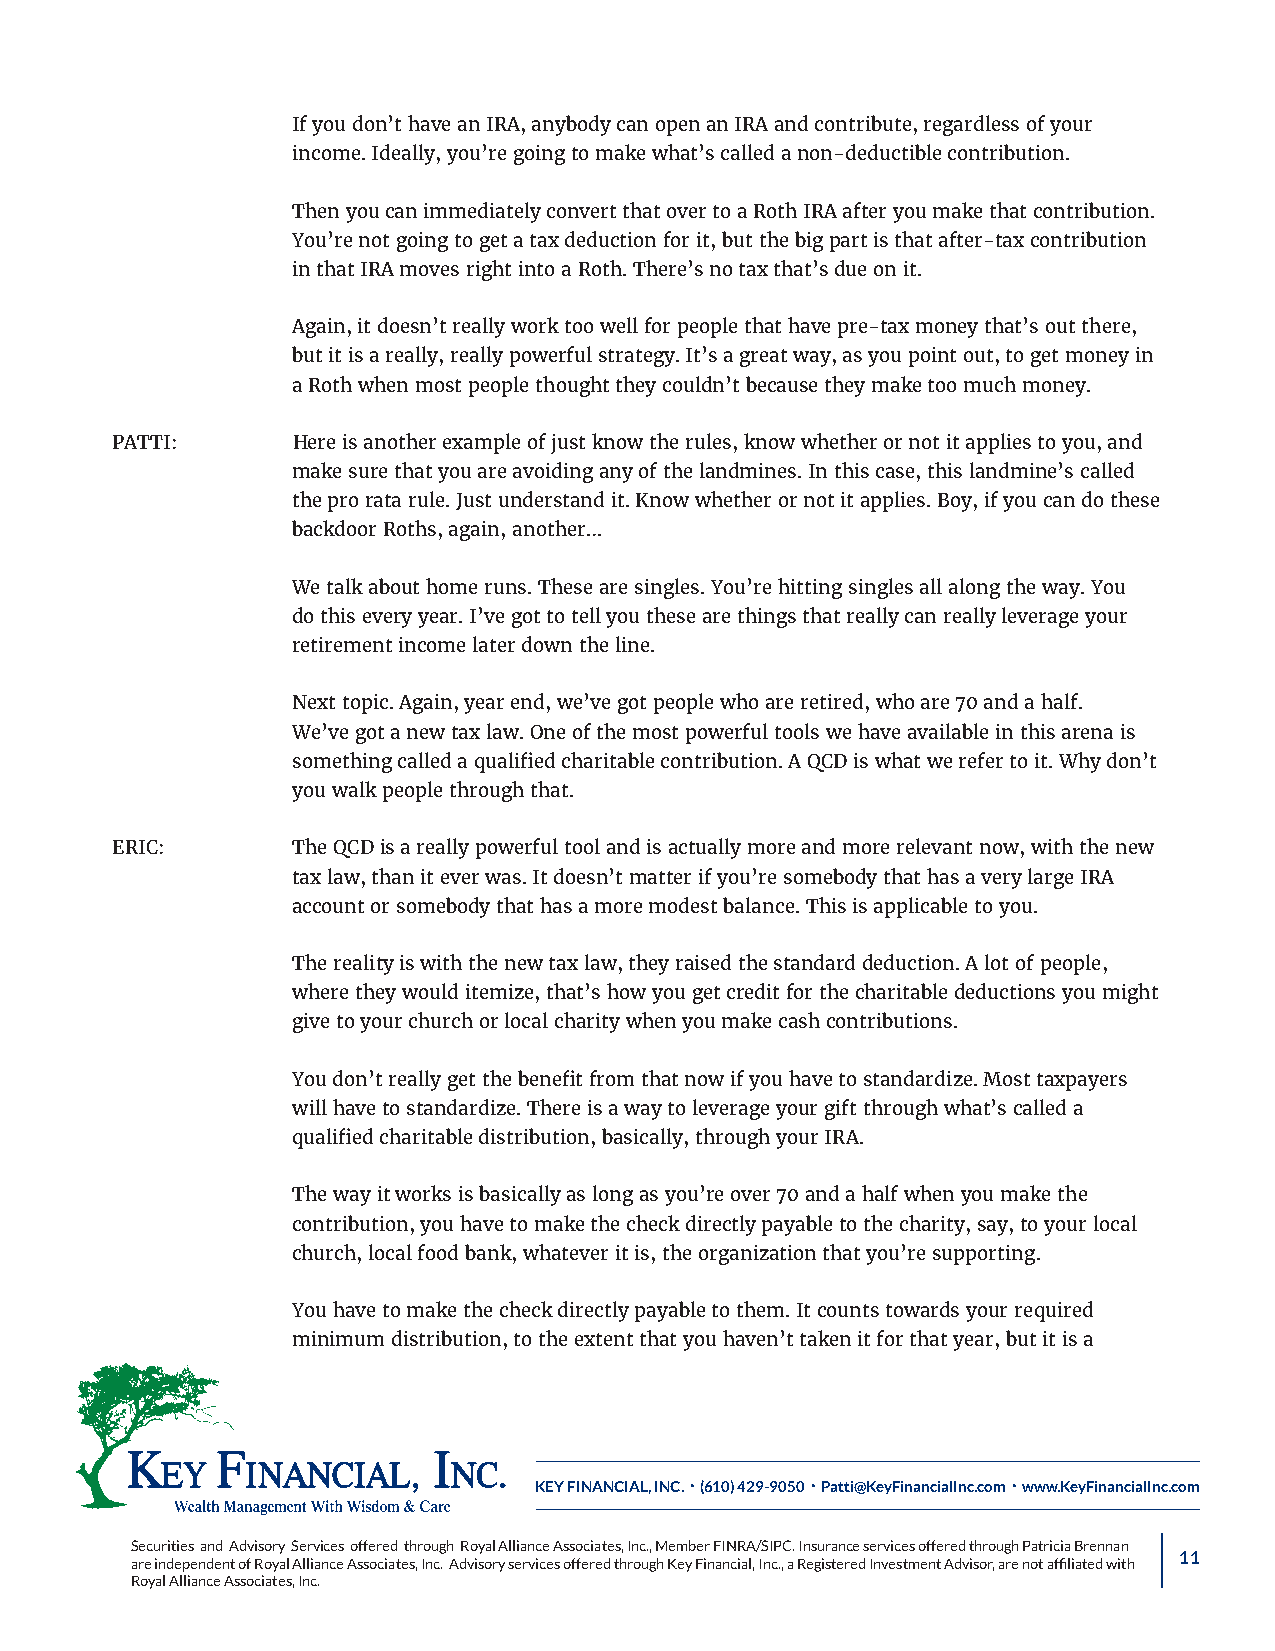
If you don’t have an IRA, anybody can open an IRA and contribute, regardless of your
 income. Ideally, you’re going to make what’s called a non‑deductible contribution.
 Then you can immediately convert that over to a Roth IRA after you make that contribution.
 You’re not going to get a tax deduction for it, but the big part is that after‑tax contribution
 in that IRA moves right into a Roth. There’s no tax that’s due on it.
 Again, it doesn’t really work too well for people that have pre‑tax money that’s out there,
 but it is a really, really powerful strategy. It’s a great way, as you point out, to get money in
 a Roth when most people thought they couldn’t because they make too much money.
 PATTI:      Here is another example of just know the rules, know whether or not it applies to you, and
 make sure that you are avoiding any of the landmines. In this case, this landmine’s called
 the pro rata rule. Just understand it. Know whether or not it applies. Boy, if you can do these
 backdoor Roths, again, another…
 We talk about home runs. These are singles. You’re hitting singles all along the way. You
 do this every year. I’ve got to tell you these are things that really can really leverage your
 retirement income later down the line.
 Next topic. Again, year end, we’ve got people who are retired, who are 70 and a half.
 We’ve got a new tax law. One of the most powerful tools we have available in this arena is
 something called a qualified charitable contribution. A QCD is what we refer to it. Why don’t
 you walk people through that.
 ERIC:       The QCD is a really powerful tool and is actually more and more relevant now, with the new
 tax law, than it ever was. It doesn’t matter if you’re somebody that has a very large IRA
 account or somebody that has a more modest balance. This is applicable to you.
 The reality is with the new tax law, they raised the standard deduction. A lot of people,
 where they would itemize, that’s how you get credit for the charitable deductions you might
 give to your church or local charity when you make cash contributions.
 You don’t really get the benefit from that now if you have to standardize. Most taxpayers
 will have to standardize. There is a way to leverage your gift through what’s called a
 qualified charitable distribution, basically, through your IRA.
 The way it works is basically as long as you’re over 70 and a half when you make the
 contribution, you have to make the check directly payable to the charity, say, to your local
 church, local food bank, whatever it is, the organization that you’re supporting.
 You have to make the check directly payable to them. It counts towards your required
 minimum distribution, to the extent that you haven’t taken it for that year, but it is a
 KEY FINANCIAL, INC. • (610) 429-9050 • Patti@KeyFinancialInc.com • www.KeyFinancialInc.com
 Securities and Advisory Services offered through Royal Alliance Associates, Inc., Member FINRA/SIPC. Insurance services offered through Patricia Brennan
 11
 are independent of Royal Alliance Associates, Inc. Advisory services offered through Key Financial, Inc., a Registered Investment Advisor, are not affiliated with
 Royal Alliance Associates, Inc.